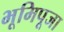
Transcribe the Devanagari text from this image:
भूमिपूजा